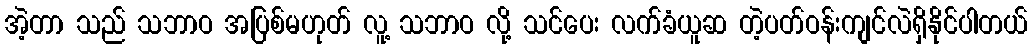
အဲ့တာ သည် သဘာဝ အပြစ်မဟုတ် လူ့ သဘာဝ လို့ သင်ပေး လက်ခံယူဆ တဲ့ပတ်ဝန်းကျင်လဲရှိနိုင်ပါတယ်